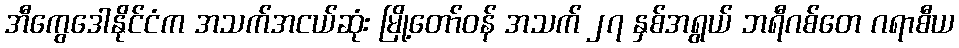
အီကွေဒေါနိုင်ငံက အသက်အငယ်ဆုံး မြို့တော်ဝန် အသက် ၂၇ နှစ်အရွယ် ဘရီဂစ်တေ ဂရာစီယ